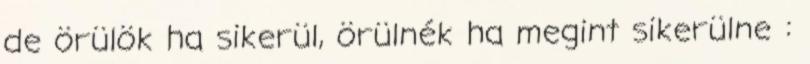
de örülök ha sikerül, örülnék ha megint sikerülne :